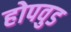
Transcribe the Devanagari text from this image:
होपवुड